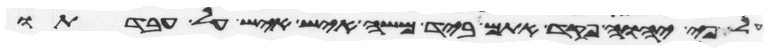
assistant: פי יהוה פקד אתם ביד משה איש איש על עבדתו